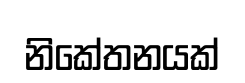
නිකේතනයක්